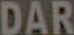
DAR